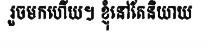
រួចមកហើយ។ ខ្ញុំនៅតែនិយាយ